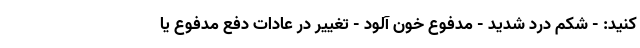
کنید: - شکم درد شدید - مدفوع خون آلود - تغییر در عادات دفع مدفوع یا